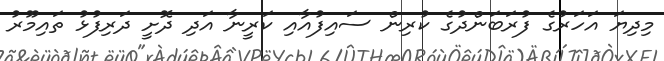
މިދިޔަ އަހަރުގެ ފުރަބަންދުގެ ކުރިން ސައިފުއާއި ކަރީނާ އަދި ދޮށީ ދަރިފުޅު ތައިމޫރު